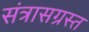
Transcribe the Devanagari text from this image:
संत्रासग्रस्त